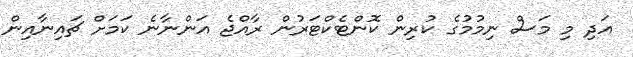
އަދި މި މަސް ނިމުމުގެ ކުރިން ކޮންޓެކްޓަރުން ރާއްޖެ އަންނާނެ ކަމަށް ޗައިނާއިން